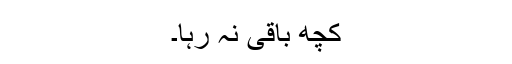
کچھ باقی نہ رہا۔